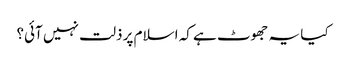
کیا یہ جھوٹ ہے کہ اسلام پر ذلت نہیں آئی؟